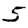
Digit: 5